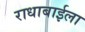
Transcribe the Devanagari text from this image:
राधाबाईला